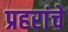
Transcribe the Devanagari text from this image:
प्रहरांचे